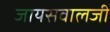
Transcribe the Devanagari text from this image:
जायसवालजी